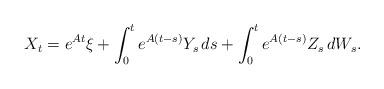
LaTeX: \begin{align*}X_t =e^{ A t } \xi+\int_0^te^{ A (t - s) }Y_s\,ds+\int_0^te^{ A (t - s) }Z_s\,dW_s.\end{align*}